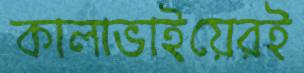
কালাভাইয়েরই